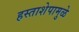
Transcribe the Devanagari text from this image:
हस्ताशेपामुळे